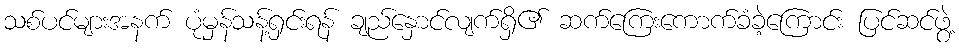
သစ်ပင်များအနက် ပုံမှန်သန့်ရှင်းရန် ချည်နှောင်လျက်ရှိ၏ ဆက်ကြေးကောက်ခံခဲ့ကြောင်း ပြင်ဆင်ဖွဲ့